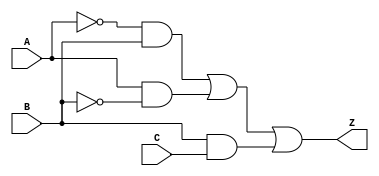
module prime_implicant_logic (
    input wire A,  // Input variable A
    input wire B,  // Input variable B
    input wire C,  // Input variable C
    output wire Z  // Output representing the evaluated result
);

// Internal signals for prime implicants
wire p1, p2, p3, p4;

// Define the prime implicants based on the simplified Boolean expression
// For example, let's assume the simplified expression is: Z = A'B + AB' + BC
assign p1 = ~A & B;  // A'B
assign p2 = A & ~B;  // AB'
assign p3 = B & C;   // BC

// Combine the prime implicants using OR operation
assign Z = p1 | p2 | p3;

endmodule